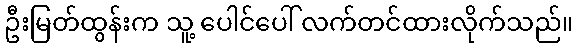
ဦးမြတ်ထွန်းက သူ့ ပေါင်ပေါ် လက်တင်ထားလိုက်သည်။